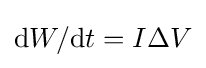
\mathrm {d} W/\mathrm {d} t=I\Delta V